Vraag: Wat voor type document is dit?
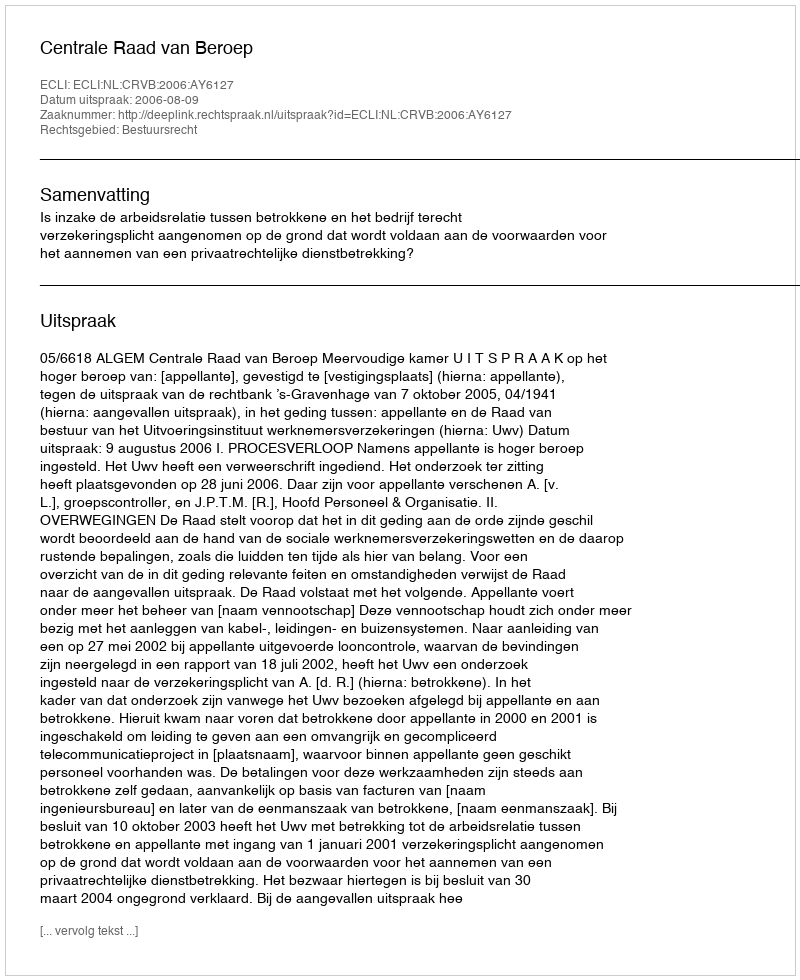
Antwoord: Uitspraak